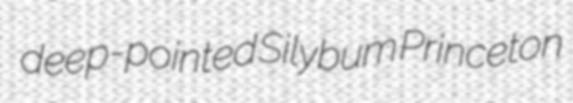
deep-pointed Silybum Princeton